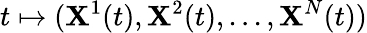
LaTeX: t\mapsto(\mathbf{X}^{1}(t),\mathbf{X}^{2}(t),...,\mathbf{X}^{N}(t))